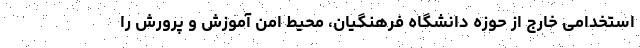
استخدامی خارج از حوزه دانشگاه فرهنگیان، محیط امن آموزش و پرورش را